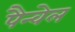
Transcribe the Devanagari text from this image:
पैन्वेल